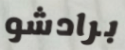
برادشو